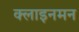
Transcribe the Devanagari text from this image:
क्लाइनमन